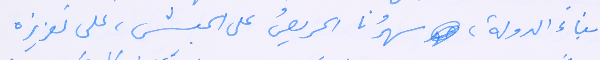
بناء الدولة، سهرُنا الحريصُ على الجيش، على تعزيزه